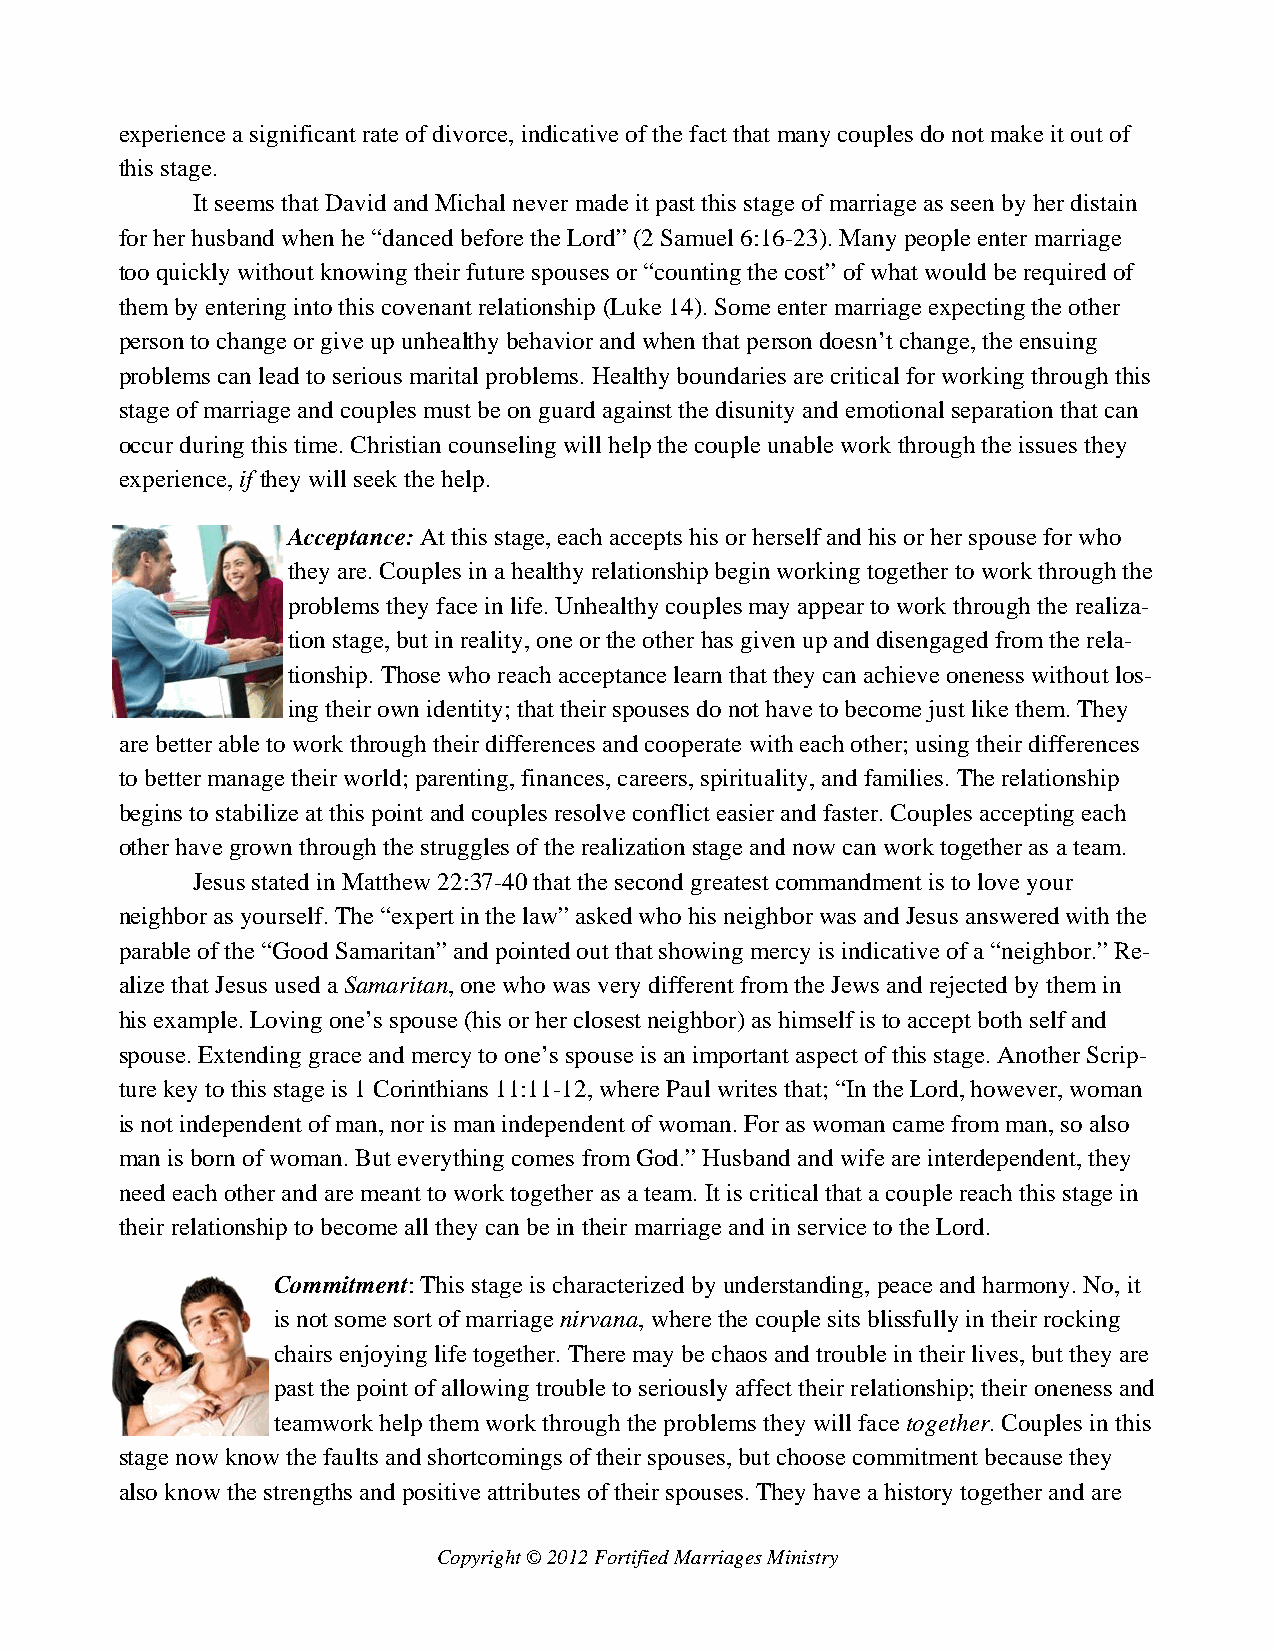
experience a significant rate of divorce, indicative of the fact that many couples do not make it out of
 this stage.
 It seems that David and Michal never made it past this stage of marriage as seen by her distain
 for her husband when he “danced before the Lord” (2 Samuel 6:16-23). Many people enter marriage
 too quickly without knowing their future spouses or “counting the cost” of what would be required of
 them by entering into this covenant relationship (Luke 14). Some enter marriage expecting the other
 person to change or give up unhealthy behavior and when that person doesn’t change, the ensuing
 problems can lead to serious marital problems. Healthy boundaries are critical for working through this
 stage of marriage and couples must be on guard against the disunity and emotional separation that can
 occur during this time. Christian counseling will help the couple unable work through the issues they
 experience, if they will seek the help.
 Acceptance: At this stage, each accepts his or herself and his or her spouse for who
 they are. Couples in a healthy relationship begin working together to work through the
 problems they face in life. Unhealthy couples may appear to work through the realiza-
 tion stage, but in reality, one or the other has given up and disengaged from the rela-
 tionship. Those who reach acceptance learn that they can achieve oneness without los-
 ing their own identity; that their spouses do not have to become just like them. They
 are better able to work through their differences and cooperate with each other; using their differences
 to better manage their world; parenting, finances, careers, spirituality, and families. The relationship
 begins to stabilize at this point and couples resolve conflict easier and faster. Couples accepting each
 other have grown through the struggles of the realization stage and now can work together as a team.
 Jesus stated in Matthew 22:37-40 that the second greatest commandment is to love your
 neighbor as yourself. The “expert in the law” asked who his neighbor was and Jesus answered with the
 parable of the “Good Samaritan” and pointed out that showing mercy is indicative of a “neighbor.” Re-
 alize that Jesus used a Samaritan, one who was very different from the Jews and rejected by them in
 his example. Loving one’s spouse (his or her closest neighbor) as himself is to accept both self and
 spouse. Extending grace and mercy to one’s spouse is an important aspect of this stage. Another Scrip-
 ture key to this stage is 1 Corinthians 11:11-12, where Paul writes that; “In the Lord, however, woman
 is not independent of man, nor is man independent of woman. For as woman came from man, so also
 man is born of woman. But everything comes from God.” Husband and wife are interdependent, they
 need each other and are meant to work together as a team. It is critical that a couple reach this stage in
 their relationship to become all they can be in their marriage and in service to the Lord.
 Commitment: This stage is characterized by understanding, peace and harmony. No, it
 is not some sort of marriage nirvana, where the couple sits blissfully in their rocking
 chairs enjoying life together. There may be chaos and trouble in their lives, but they are
 past the point of allowing trouble to seriously affect their relationship; their oneness and
 teamwork help them work through the problems they will face together. Couples in this
 stage now know the faults and shortcomings of their spouses, but choose commitment because they
 also know the strengths and positive attributes of their spouses. They have a history together and are
 Copyright © 2012 Fortified Marriages Ministry